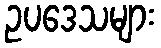
ဥပဒေသများ